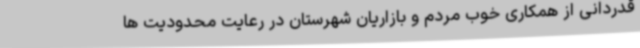
قدردانی از همکاری خوب مردم و بازاریان شهرستان در رعایت محدودیت ها